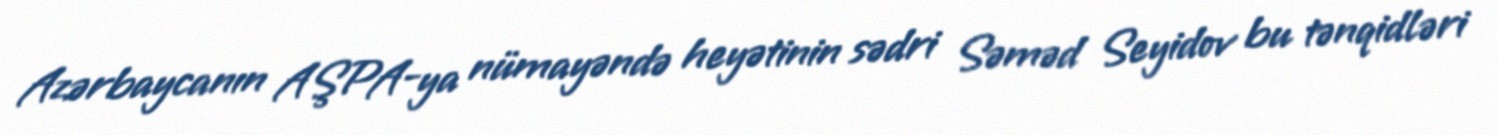
Azərbaycanın AŞPA-ya nümayəndə heyətinin sədri Səməd Seyidov bu tənqidləri